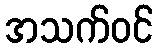
အသက်ဝင်